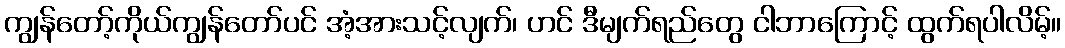
ကျွန်တော့်ကိုယ်ကျွန်တော်ပင် အံ့အားသင့်လျက်၊ ဟင် ဒီမျက်ရည်တွေ ငါဘာကြောင့် ထွက်ရပါလိမ့်။